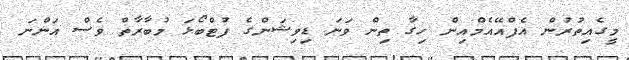
މީގެއިތުރުން އެެފްއޭއެމްއިން ހިގާ ތިން ވަނަ ޑިވިޝަންގެ ފުޓްބޯޅަ މުބާރާތް ވެސް އަންނަ